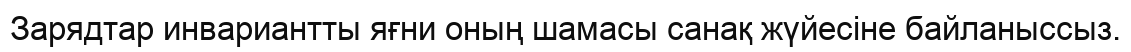
Зарядтар инвариантты яғни оның шамасы санақ жүйесiне байланыссыз.